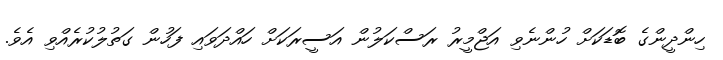
ހިންދީންގެ ބޮޑަކަށް ހުންނެވި އަޖްމީރު ރަސްކަލުން އަސީރަކަށް ހައްދަވައި ފަހުން ގަތުލުކުރެއްވި އެވެ.